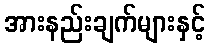
အားနည်းချက်များနှင့်